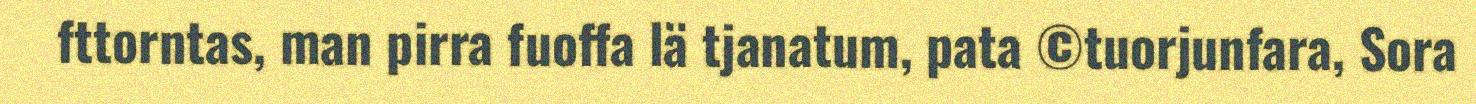
fttorntas, man pirra fuoffa lä tjanatum, pata ©tuorjunfara, Sora